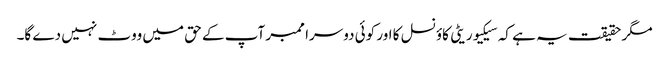
مگر حقیقت یہ ہے کہ سیکیوریٹی کاؤنسل کا اور کوئی دوسرا ممبر آپ کے حق میں ووٹ نہیں دے گا۔